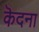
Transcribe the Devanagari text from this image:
कॆदना